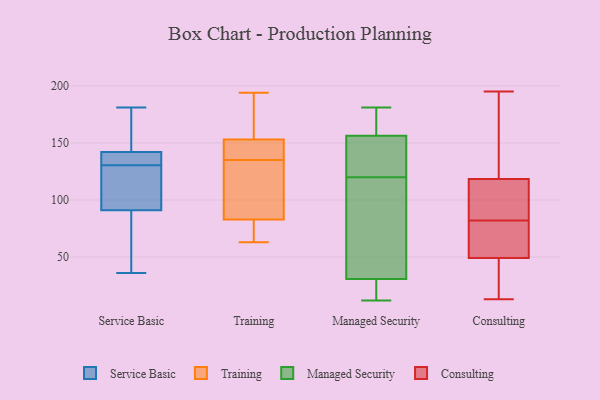
{"axis": {"x": "Churn Rate (%)", "y": "Value"}, "legend": ["Consulting", "Managed Security", "Service Basic", "Training"], "data": [{"x": "", "y": 137, "type": "Service Basic"}, {"x": "", "y": 36, "type": "Service Basic"}, {"x": "", "y": 131, "type": "Service Basic"}, {"x": "", "y": 91, "type": "Service Basic"}, {"x": "", "y": 123, "type": "Service Basic"}, {"x": "", "y": 41, "type": "Service Basic"}, {"x": "", "y": 181, "type": "Service Basic"}, {"x": "", "y": 130, "type": "Service Basic"}, {"x": "", "y": 175, "type": "Service Basic"}, {"x": "", "y": 142, "type": "Service Basic"}, {"x": "", "y": 63, "type": "Training"}, {"x": "", "y": 153, "type": "Training"}, {"x": "", "y": 182, "type": "Training"}, {"x": "", "y": 140, "type": "Training"}, {"x": "", "y": 110, "type": "Training"}, {"x": "", "y": 68, "type": "Training"}, {"x": "", "y": 141, "type": "Training"}, {"x": "", "y": 83, "type": "Training"}, {"x": "", "y": 146, "type": "Training"}, {"x": "", "y": 160, "type": "Training"}, {"x": "", "y": 194, "type": "Training"}, {"x": "", "y": 130, "type": "Training"}, {"x": "", "y": 83, "type": "Training"}, {"x": "", "y": 100, "type": "Training"}, {"x": "", "y": 12, "type": "Managed Security"}, {"x": "", "y": 28, "type": "Managed Security"}, {"x": "", "y": 179, "type": "Managed Security"}, {"x": "", "y": 31, "type": "Managed Security"}, {"x": "", "y": 120, "type": "Managed Security"}, {"x": "", "y": 152, "type": "Managed Security"}, {"x": "", "y": 19, "type": "Managed Security"}, {"x": "", "y": 181, "type": "Managed Security"}, {"x": "", "y": 124, "type": "Managed Security"}, {"x": "", "y": 103, "type": "Managed Security"}, {"x": "", "y": 149, "type": "Managed Security"}, {"x": "", "y": 135, "type": "Managed Security"}, {"x": "", "y": 68, "type": "Managed Security"}, {"x": "", "y": 64, "type": "Managed Security"}, {"x": "", "y": 30, "type": "Managed Security"}, {"x": "", "y": 169, "type": "Managed Security"}, {"x": "", "y": 177, "type": "Managed Security"}, {"x": "", "y": 59, "type": "Consulting"}, {"x": "", "y": 46, "type": "Consulting"}, {"x": "", "y": 77, "type": "Consulting"}, {"x": "", "y": 44, "type": "Consulting"}, {"x": "", "y": 82, "type": "Consulting"}, {"x": "", "y": 38, "type": "Consulting"}, {"x": "", "y": 13, "type": "Consulting"}, {"x": "", "y": 67, "type": "Consulting"}, {"x": "", "y": 195, "type": "Consulting"}, {"x": "", "y": 122, "type": "Consulting"}, {"x": "", "y": 85, "type": "Consulting"}, {"x": "", "y": 86, "type": "Consulting"}, {"x": "", "y": 108, "type": "Consulting"}, {"x": "", "y": 170, "type": "Consulting"}, {"x": "", "y": 132, "type": "Consulting"}]}